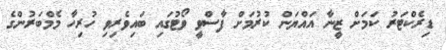
ޑިރެކްޓަރު ކަމަށް ޒީނާ އައްޔަން ކުރުމަށް ފާސްވީ ވޯޓުގައި ބައިވެރިވި ހުރިހާ މެމްބަރުންގެ